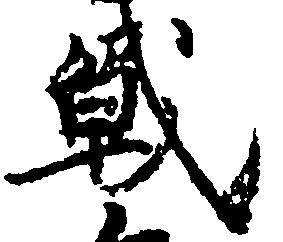
戦